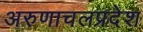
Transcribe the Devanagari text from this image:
अरुणाचलप्रदेश